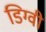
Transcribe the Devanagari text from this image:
डिग्वी